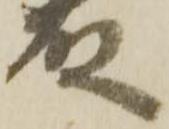
殿